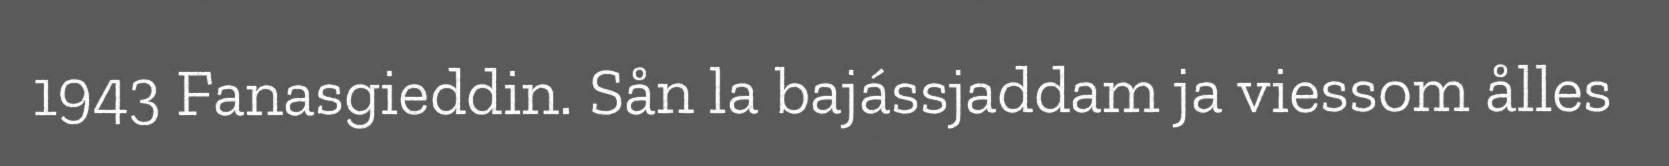
1943 Fanasgieddin. Sån la bajássjaddam ja viessom ålles